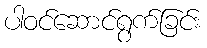
ပါဝင်ဆောင်ရွက်ခြင်း